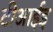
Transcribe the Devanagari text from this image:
टीआईइ